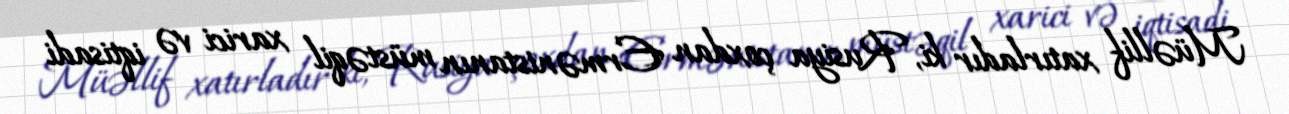
Müəllif xatırladır ki, Rusiya çoxdan Ermənistanın müstəqil xarici və iqtisadi